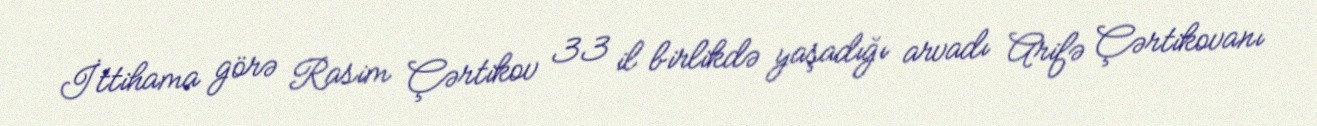
İttihama görə Rasim Çərtikov 33 il birlikdə yaşadığı arvadı Arifə Çərtikovanı